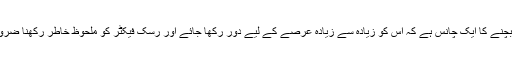
اس سے بچنے کا ایک چانس ہے کہ اس کو زیادہ سے زیادہ عرصے کے لیے دور رکھا جائے اور رسک فیکٹر کو ملحوظ خاطر رکھنا ضروری ہے۔